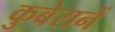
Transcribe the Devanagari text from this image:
कुबेरानें